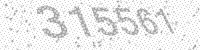
Solution: 315561